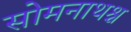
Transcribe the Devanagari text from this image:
सोमनाथश्च